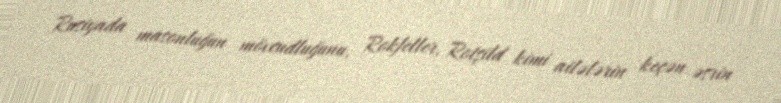
Rusiyada masonluğun mövcudluğunu, Rokfeller, Rotşild kimi ailələrin keçən əsrin